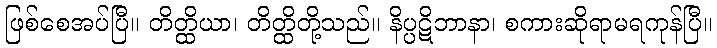
ဖြစ်စေအပ်ပြီ။ တိတ္ထိယာ၊ တိတ္ထိတို့သည်။ နိပ္ပဋိဘာနာ၊ စကားဆိုရာမရကုန်ပြီ။